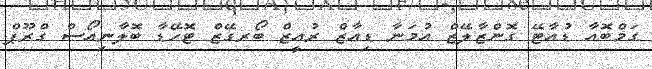
ގަމްބޮއާ ޑުއާޓޭ ގޮންޒާލޭޒް އުމަނާ ޑިއާޒް ރުއީޒް ބޯރގޭޒް ޓޮހޭޑާ ބޮލާނިއޯސް ގްރޫޕް